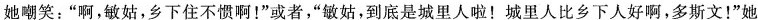
她嘲笑：”啊，敏姑，乡下住不惯啊！”或者，”敏姑，到底是城里人啦！城里人比乡下人好啊，多斯文！”她